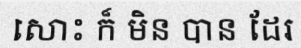
សោះ ក៏ មិន បាន ដែរ